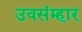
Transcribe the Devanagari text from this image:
उवसंम्हार